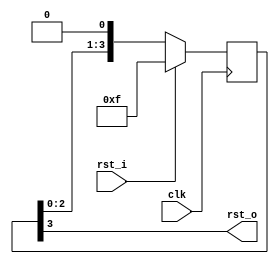
module reset_stretcher (
  input  clk,
  input  rst_i,
  output reg rst_o
);

  parameter PERIOD = 4;
  parameter RST_POL = 1'b1;

  reg [PERIOD-1:0] flipflops;
  

  always @(posedge clk) begin
    if (rst_i == RST_POL) begin
      flipflops <= {PERIOD{RST_POL}};
    end else begin
      flipflops <= {flipflops[PERIOD-2:0], ~RST_POL};
    end
  end

  assign rst_o = flipflops[PERIOD-1];

endmodule